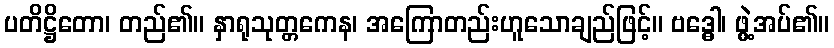
ပတိဋ္ဌိတော၊ တည်၏။ နှာရုသုတ္တကေန၊ အကြောတည်းဟူသောချည်ဖြင့်။ ဗဒ္ဓေါ၊ ဖွဲ့အပ်၏။